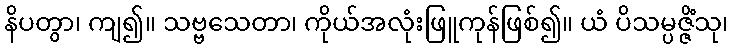
နိပတွာ၊ ကျ၍။ သဗ္ဗသေတာ၊ ကိုယ်အလုံးဖြူကုန်ဖြစ်၍။ ယံ ပိသမ္ပဇ္ဇိံသု၊